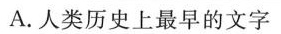
A.人类历史上最早的文字